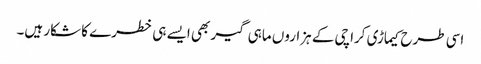
اسی طرح کیماڑی کراچی کے ہزاروں ماہی گیر بھی ایسے ہی خطرے کا شکار ہیں۔